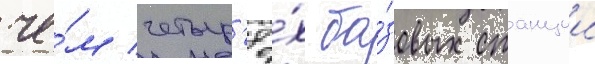
че́м четыр'ё́х ба́зовых станции